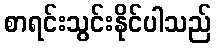
စာရင်းသွင်းနိုင်ပါသည်